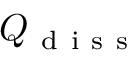
Q _ { \mathrm { ~ d ~ i ~ s ~ s ~ } }